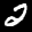
Label: 2